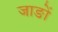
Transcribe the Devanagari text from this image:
जाङों